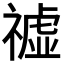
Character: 𥛳